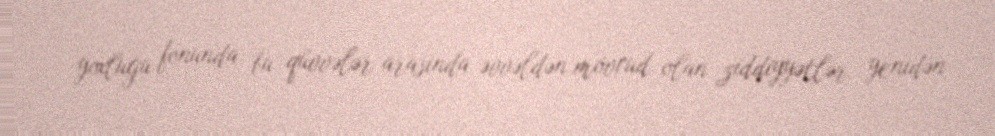
yoxluğu fonunda bu qüvvələr arasında əvvəldən mövcud olan ziddiyyətlər yenidən